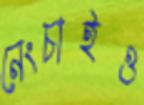
নেংচাইও